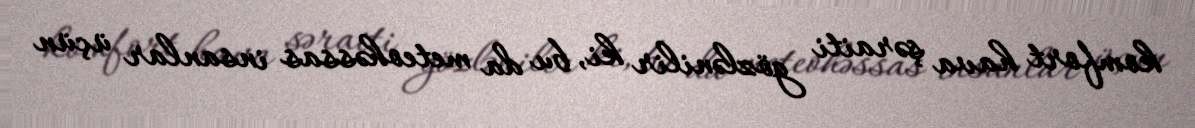
komfort hava şəraiti gözlənilir ki, bu da meteohəssas insanlar üçün